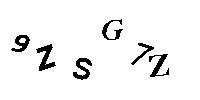
9ZSG7Z